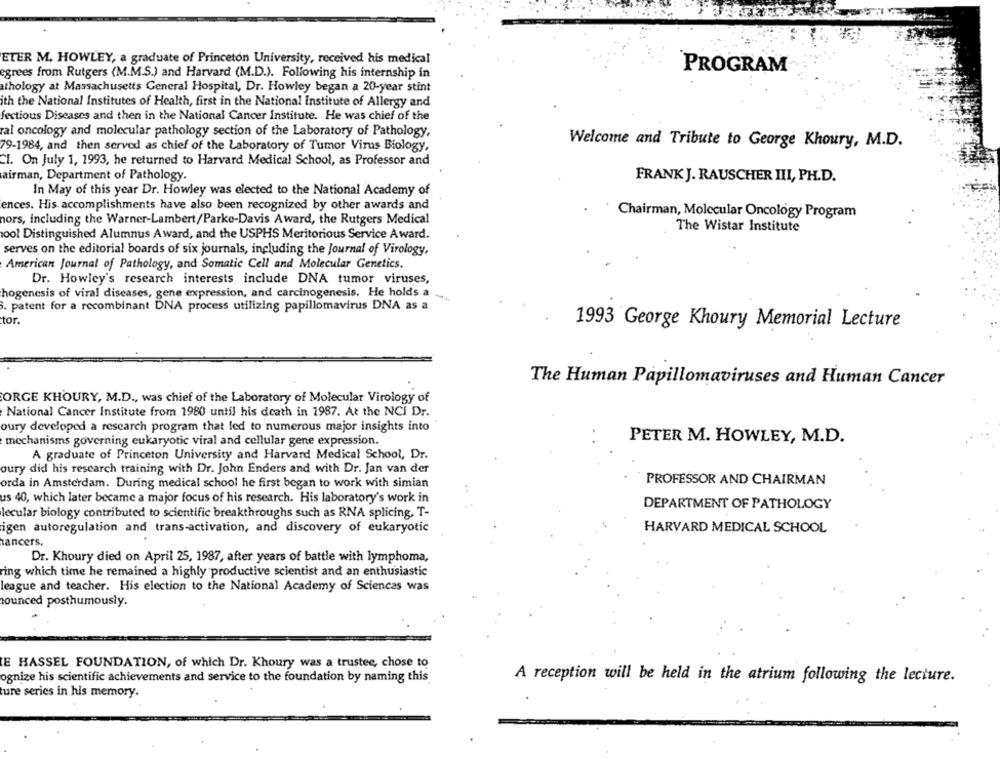
ETER M. HOWLEY, a graduate of Princeton University, received his medical
PROGRAM
egrees from Rutgers (M.M.S.) and Harvard (M.D.). Following his internship in
thology at Massachusetts General Hospital, Dr. Howley began a 20-year stint
ith the National Institutes of Health, first in the National Institute of Allergy and
fectious Diseases and then in the National Cancer Institute. He was chief of the
ral oncology and molecular pathology section of the Laboratory of Pathology,
Welcome and Tribute to George Khoury, M.D.
79-1984, and then served as chief of the Laboratory of Tumor Virus Biology,
CI. On July 1, 1993, he returned to Harvard Medical School, as Professor and
airman, Department of Pathology.
FRANK J. RAUSCHER III, PH.D.
In May of this year Dr. Howley was elected to the National Academy of
ences. His accomplishments have also been recognized by other awards and
hors, including the Warner-Lambert/Parke-Davis Award, the Rutgers Medical
Chairman, Molecular Oncology Program
The Wistar Institute
pool Distinguished Alumnus Award, and the USPHS Meritorious Service Award.
serves on the editorial boards of six journals, including the Journal of Virology,
American Journal of Pathology, and Somatic Cell and Molecular Genetics.
Dr. Howley's research interests include DNA tumor viruses,
hogenesis of viral diseases, gene expression, and carcinogenesis. He holds a
3. patent for a recombinant DNA process utilizing papillomavirus DNA as a
tor.
1993 George Khoury Memorial Lecture
The Human Papillomaviruses and Human Cancer
ORGE KHOURY, M.D ., was chief of the Laboratory of Molecular Virology of
National Cancer Institute from 1980 until his death in 1987. At the NCI Dr.
oury developed a research program that led to numerous major insights into
mechanisms governing eukaryotic viral and cellular gene expression.
PETER M. HOWLEY, M.D.
A graduate of Princeton University and Harvard Medical School, Dr.
oury did his research training with Dr. John Enders and with Dr. Jan van der
orda in Amsterdam. During medical school he first began to work with simian
PROFESSOR AND CHAIRMAN
us 40, which later became a major focus of his research. His laboratory's work in
DEPARTMENT OF PATHOLOGY
lecular biology contributed to scientific breakthroughs such as RNA splicing, T-
igen autoregulation and trans-activation, and discovery of eukaryotic
HARVARD MEDICAL SCHOOL
ancers.
Dr. Khoury died on April 25, 1987, after years of battle with lymphoma,
ring which time he remained a highly productive scientist and an enthusiastic
league and teacher. His election to the National Academy of Sciences was
ounced posthumously.
E HASSEL FOUNDATION, of which Dr. Khoury was a trustee, chose to
ognize his scientific achievements and service to the foundation by naming this
A reception will be held in the atrium following the lecture.
ture series in his memory.